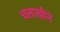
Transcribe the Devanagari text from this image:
चलाखीने